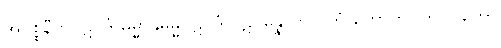
အပစ္စနီကပဋိပဒံ ဓမ္မာနုဓမ္မပဋိပဒံ ပဋိပန္နောတိ ဝုတ္တံ ဟောတိ။ ဘဂဝတော